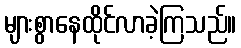
များစွာနေထိုင်လာခဲ့ကြသည်။